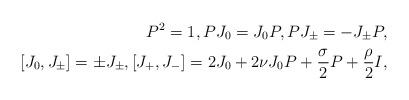
LaTeX: \begin{align*} P^2=1, PJ_0=J_0P, PJ_\pm=-J_\pm P, \\ [J_0, J_\pm] = \pm J_\pm, [J_+,J_-]=2 J_0 + 2 \nu J_0P +\frac{\sigma}{2}P + \frac{\rho}{2}I,\end{align*}